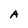
Character: A